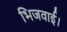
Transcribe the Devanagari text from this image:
भिजवाई।